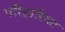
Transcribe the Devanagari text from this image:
परिहारिका